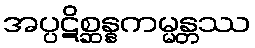
အပ္ပဋိစ္ဆန္နကမ္မန္တဿ